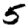
Digit: 5